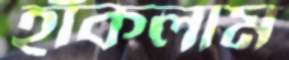
হাঁকলাম